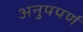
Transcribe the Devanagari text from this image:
अनुपपर्ण